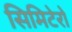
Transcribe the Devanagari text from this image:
सिमिटेरो